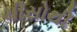
ચીસોથી